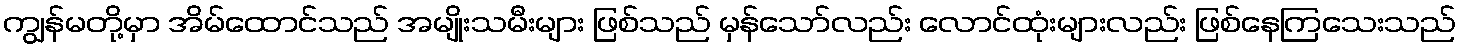
ကျွန်မတို့မှာ အိမ်ထောင်သည် အမျိုးသမီးများ ဖြစ်သည် မှန်သော်လည်း လောင်ထုံးများလည်း ဖြစ်နေကြသေးသည်